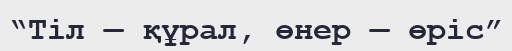
“Тіл — құрал, өнер — өріс”